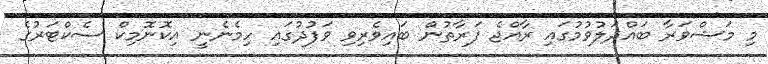
މި މަޝްވަރާ ބައްދަލުވުމުގައި ރާއްޖެ ފަރާތުން ބައިވެރިވި ވަފުދުގައި ހިމެނެނީ އިކޮނޮމިކް ސެކްޓަރުގެ